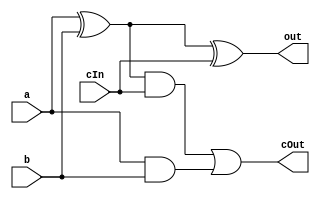
module fullAdder(input a,b,cIn,output out, cOut);

    wire x1; //xor entre a y b
    wire a1; //and entre cin y a^b
    wire a2; // and entre a y b
    xor xor1(x1,a,b);
    // suma de las 3 entradas
    xor xor2(out,x1,cIn);

    and and1(a1,x1,cIn);
    and and2(a2,a,b);
    or  or1(cOut,a1,a2);
endmodule

module fullAdder_Delay(input a,b,cIn,output out, cOut);

    wire x1; //xor entre a y b
    wire a1; //and entre cin y a^b
    wire a2; // and entre a y b
    xor #5 xor1(x1,a,b);
    // suma de las 3 entradas
    xor #5 xor2(out,x1,cIn);

    and #3 and1(a1,x1,cIn);
    and #3 and2(a2,a,b);
    or  #3 or1(cOut,a1,a2);
endmodule

/*
module testbench();

    reg a,b,c;
    wire res,cout;
    initial
        $monitor("a:%d  b:%d cIn:%d Out:%d C:%d",a,b,c,res,c);

    fullAdder f1(a,b,c,res,Cout);

    initial begin
    #1
    a=1; b=0;c=1;
    #1
    c=0;
    end

endmodule*/